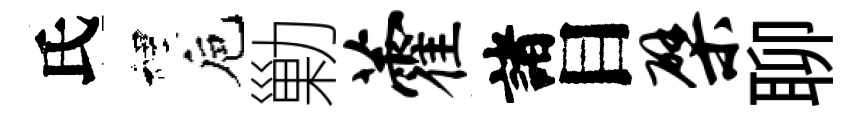
氏裡巵勦藿諸目檗聊